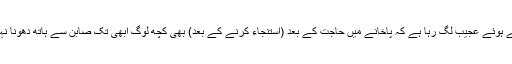
مجھے یہ کہتے ہوئے عجیب لگ رہا ہے کہ پاخانے میں حاجت کے بعد (استنجاء کرنے کے بعد) بھی کچھ لوگ ابھی تک صابن سے ہاتھ دھونا نہیں سیکھ پائے۔